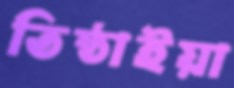
তিষ্ঠাইয়া